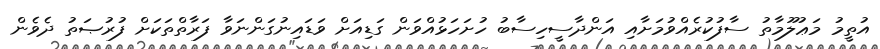
އުތީމު މަޢުލޫމާތު ސާފުކުރެއްވުމަށާއި އަންދާސީހިސާބު ހުށަހަޅުއްވަން ގަޑިއަށް ވަޑައިނުގަންނަވާ ފަރާތްތަކަށް ފުރުޞަތު ދެވެން